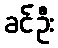
ခင်ဦး